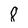
Character: 8